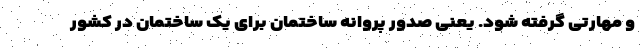
و مهارتی گرفته شود. یعنی صدور پروانه ساختمان برای یک ساختمان در کشور